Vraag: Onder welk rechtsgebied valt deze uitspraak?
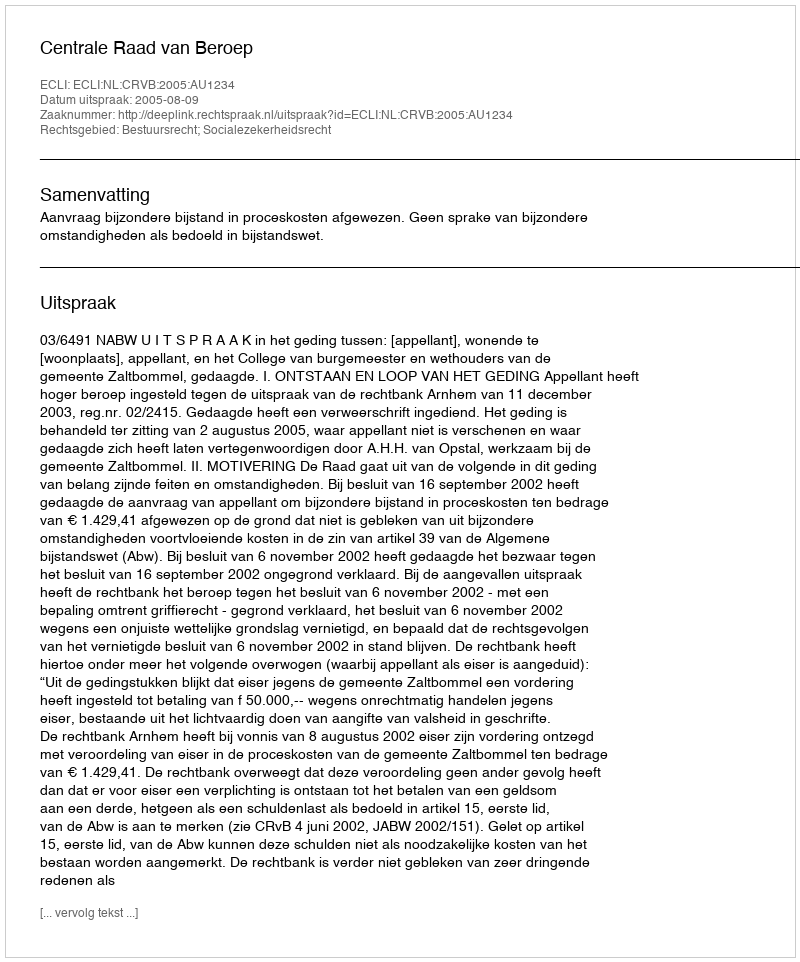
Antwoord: Bestuursrecht; Socialezekerheidsrecht